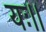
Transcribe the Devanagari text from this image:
यः।।